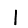
Digit: 1